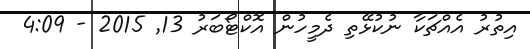
އިތުރު އެއްޗަކާ ނުކުޅޭތި ދެމީހުން އޮކްޓޯބަރު 13